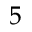
5